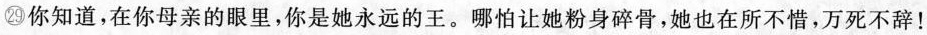
㉙你知道，在你母亲的眼里，你是她永远的王。哪怕让她粉身碎骨，她也在所不惜，万死不辞！